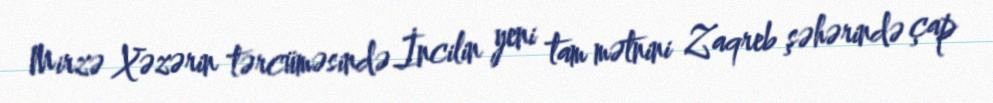
Mirzə Xəzərin tərcüməsində İncilin yeni tam mətnini Zaqreb şəhərində çap